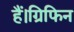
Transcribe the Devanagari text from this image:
हैं।ग्रिफिन